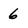
Character: 6